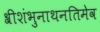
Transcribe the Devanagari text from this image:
श्रीशंभुनाथनतिमेव